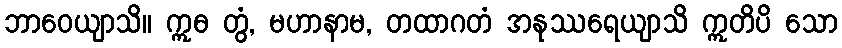
ဘာဝေယျာသိ။ ဣဓ တွံ, မဟာနာမ, တထာဂတံ အနုဿရေယျာသိ ဣတိပိ သော